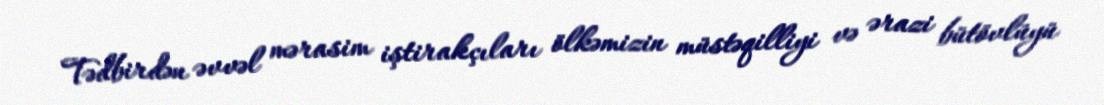
Tədbirdən əvvəl mərasim iştirakçıları ölkəmizin müstəqilliyi və ərazi bütövlüyü